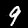
Digit: 9